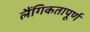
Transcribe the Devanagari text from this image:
लैंगिकतापूर्ण